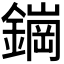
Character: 𬬀